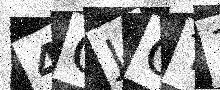
Text: 4GJOT1